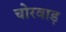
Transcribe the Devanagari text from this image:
चोरवाड़